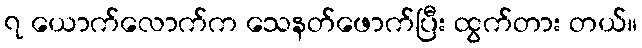
၇ ယောက်လောက်က သေနတ်ဖောက်ပြီး ထွက်တား တယ်။